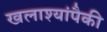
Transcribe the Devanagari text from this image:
खलाश्यांपैकी